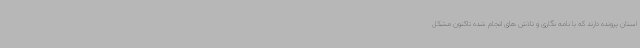
استان پرونده دارند که با نامه نگاری و تلاش های انجام شده تاکنون مشکل